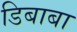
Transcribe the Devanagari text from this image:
डिबाबा